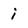
Character: i